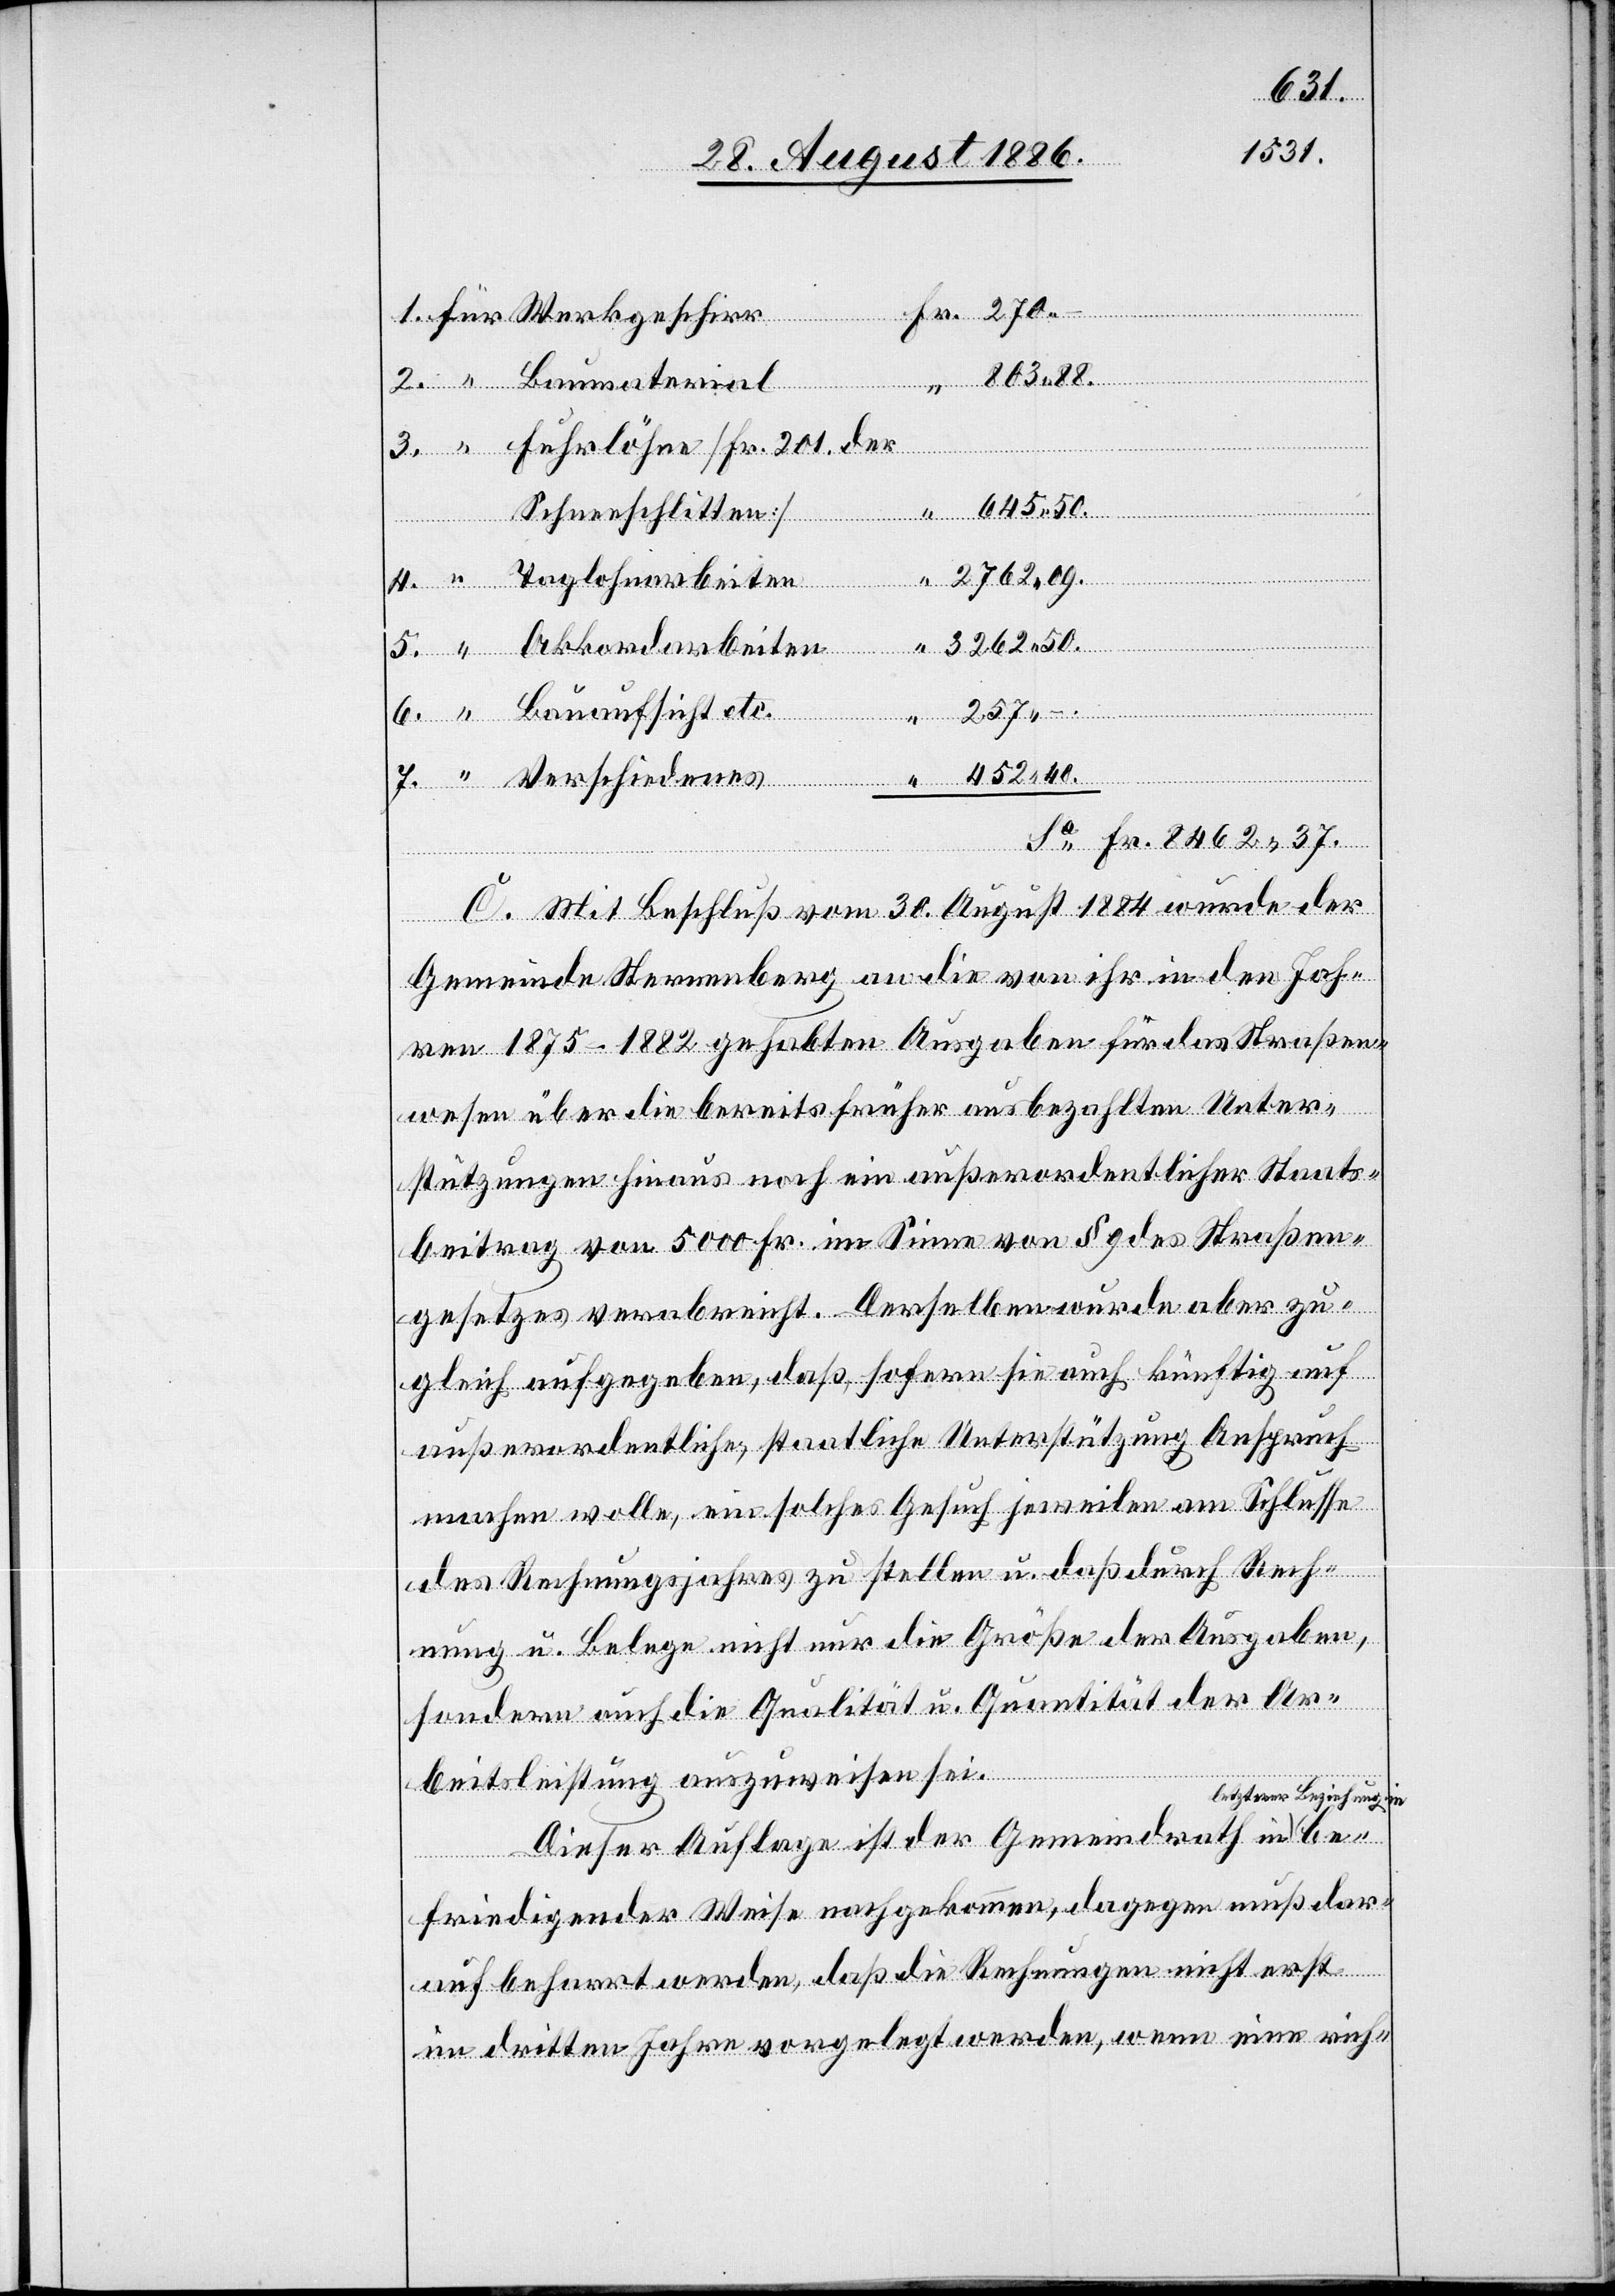
1884
30.
der
Schreiben
645.50.
4.
Schneeschlitten]
“
in-a be¬
2762.09.
“
3262.50.
257 –.
“
Gemeinde Sternenberg an die von ihr in den Jah¬
ren 1875–1882 gehabten Ausgaben für das Straßen¬
wesen über die bereits früher ausbezahlten Unter¬
stützungen hinaus noch ein außerordentlicher Staats¬
beitrag von 5000 Fr. im Sinne von § 9 des Straßen¬
gesetzes verabreicht. Derselben wurde aber zu¬
gleich aufgegeben, daß sofern sie auch künftig auf
außerordentliche, staatliche Unterstützung Anspruch
machen wolle, ein solches Gesuch jeweilen am Schlusse
des Rechnungsjahres zu stellen u. daß durch Rech¬
nung u. Belege nicht nur die Größe der Ausgaben,
sondern auch die Qualität u. Quantität der Ar¬
beitsleistung auszuweisen sei.
etzterer Beziehung
Dieser Auflage ist der Gemeindrath in a-l¬
friedigender Weise nachgekommen, dagegen muß dar¬
auf beharrt werden, daß die Rechnungen nicht erst
im dritten Jahre vorgelegt werden, wenn eine rich-